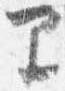
里